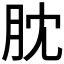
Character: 䏙